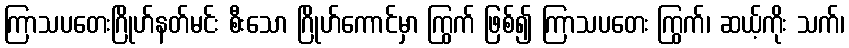
ကြာသပတေးဂြိုဟ်နတ်မင်း စီးသော ဂြိုဟ်ကောင်မှာ ကြွက် ဖြစ်၍ ကြာသပတေး ကြွက်၊ ဆယ့်ကိုး သက်၊